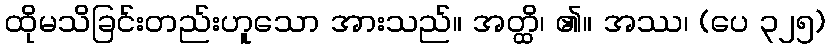
ထိုမသိခြင်းတည်းဟူသော အားသည်။ အတ္ထိ၊ ၏။ အဿ၊ (ပေ ၃၂၅)